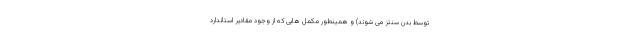
توسط بدن سنتز می شوند) و همینطور مکمل هایی که از وجود مقادیر استاندارد